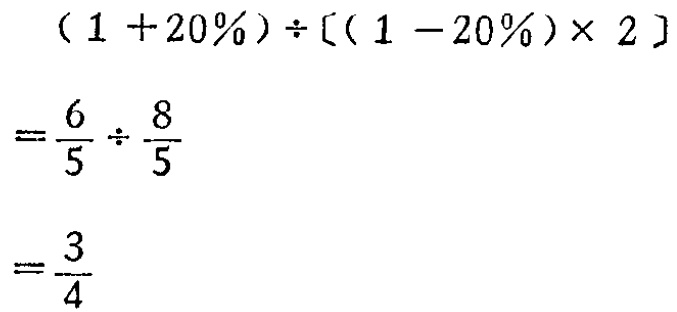
\[

\begin{align*}

&(1 + 20\%)\div[(1 - 20\%)\times 2]\\

=&\frac{6}{5}\div\frac{8}{5}\\

=&\frac{3}{4}

\end{align*}

\]